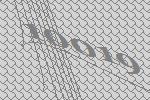
10019